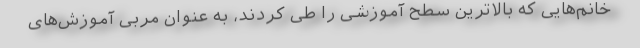
خانم‌هایی که بالاترین سطح آموزشی را طی کردند، به عنوان مربی آموزش‌های